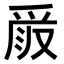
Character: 𠭧